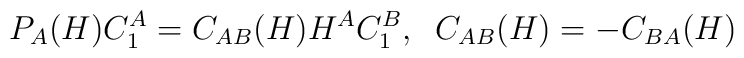
P_A(H) C^A_1 = C_{AB}(H) H^A C^B_1, \; \;C_{AB}(H) = - C_{BA}(H)